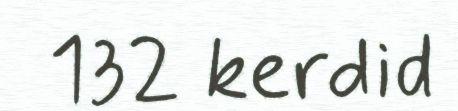
132 kerdid